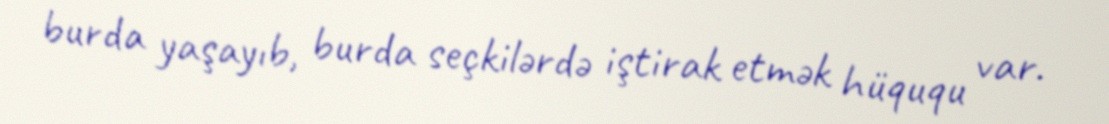
burda yaşayıb, burda seçkilərdə iştirak etmək hüququ var.